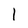
Character: l